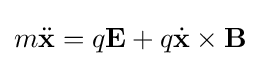
m{\ddot {\mathbf {x} }}=q\mathbf {E} +q{\dot {\mathbf {x} }}\times \mathbf {B}